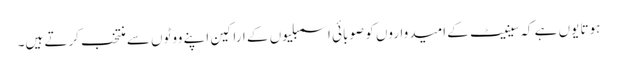
ہوتا یوں ہے کہ سینیٹ کے امیدواروں کو صوبائی اسمبلیوں کے اراکین اپنے ووٹوں سے منتخب کرتے ہیں۔